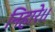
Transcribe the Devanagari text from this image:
निहारे।।